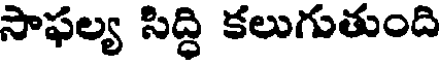
సాఫల్య సిద్ధి కలుగుతుంది